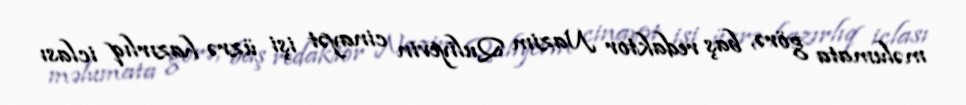
məlumata görə, baş redaktor Nazim Quliyevin cinayət işi üzrə hazırlıq iclası